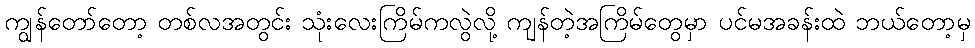
ကျွန်တော်တော့ တစ်လအတွင်း သုံးလေးကြိမ်ကလွဲလို့ ကျန်တဲ့အကြိမ်တွေမှာ ပင်မအခန်းထဲ ဘယ်တော့မှ